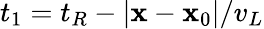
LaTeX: t_{1}=t_{R}-|\mathbf{x}-\mathbf{x}_{0}|/v_{L}